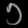
Digit: ၁